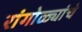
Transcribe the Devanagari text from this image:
रांगोळ्यांचे